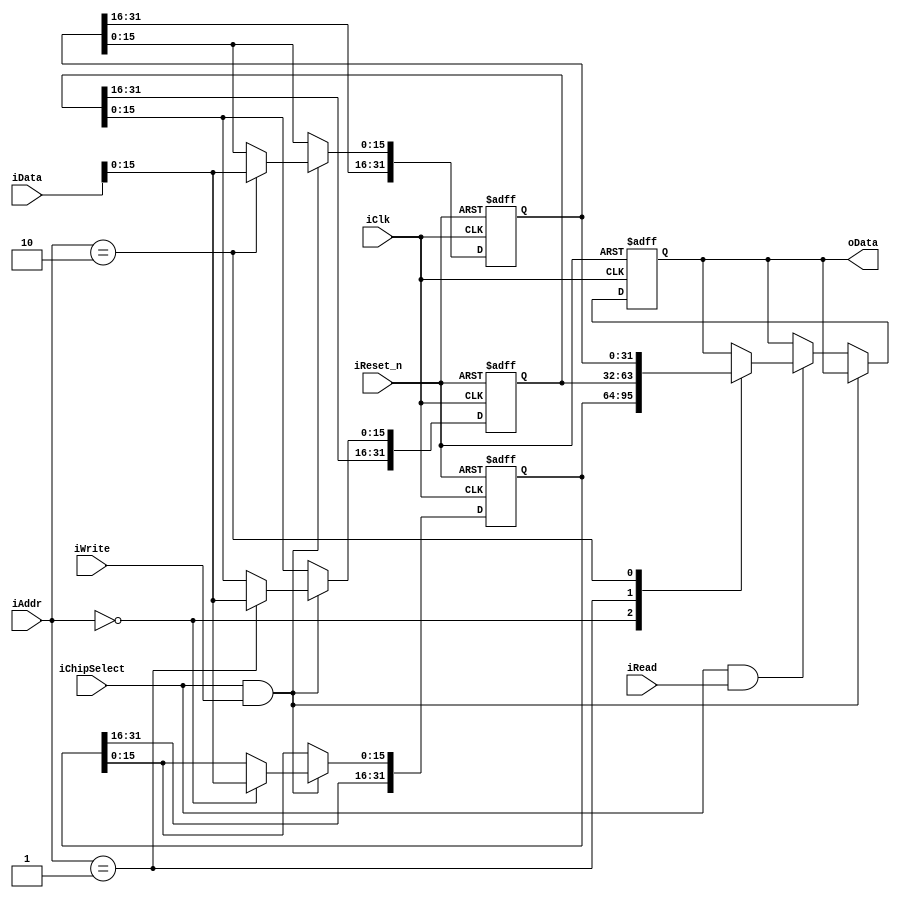
module SoC_Slave(
	input				iClk,
	input				iReset_n,
	input				iWrite,
	input				iChipSelect,
	input				iRead,
	input		[1:0]	iAddr,
	input		[31:0]	iData,
	output reg	[31:0]	oData
);
	reg [31:0]	minute, second, point;
	always @(posedge iClk or negedge iReset_n) begin
		if(~iReset_n) begin
			oData <= 32'd0;
			minute <= 32'd0;	
			second <= 32'd0;
			point <= 32'd0;
		end
		else begin
			if(iChipSelect & iWrite) begin
				case (iAddr)
					2'd0: minute[15:0] <= iData[15:0];
					2'd1: second[15:0] <= iData[15:0];
					2'd2: point[15:0] <= iData[15:0];
				endcase
			end
			else if (iChipSelect & iRead) begin
				case (iAddr)
					2'd0: oData <= minute;
					2'd1: oData <= second;
					2'd2: oData <= point;
				endcase
			end
		end	
	end

endmodule